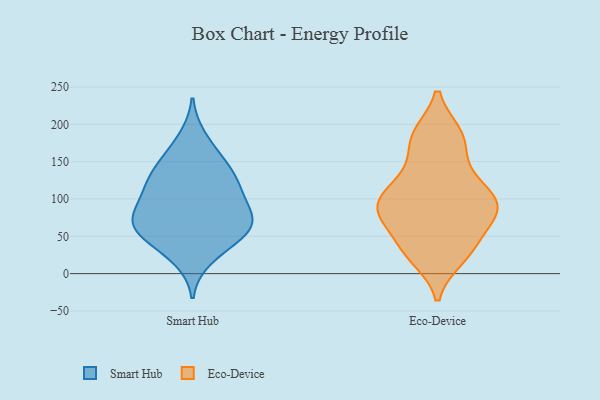
{"axis": {"x": "Active Users", "y": "Value"}, "legend": ["Eco-Device", "Smart Hub"], "data": [{"x": "", "y": 35, "type": "Smart Hub"}, {"x": "", "y": 102, "type": "Smart Hub"}, {"x": "", "y": 72, "type": "Smart Hub"}, {"x": "", "y": 87, "type": "Smart Hub"}, {"x": "", "y": 149, "type": "Smart Hub"}, {"x": "", "y": 113, "type": "Smart Hub"}, {"x": "", "y": 128, "type": "Smart Hub"}, {"x": "", "y": 56, "type": "Smart Hub"}, {"x": "", "y": 156, "type": "Smart Hub"}, {"x": "", "y": 57, "type": "Smart Hub"}, {"x": "", "y": 118, "type": "Smart Hub"}, {"x": "", "y": 71, "type": "Smart Hub"}, {"x": "", "y": 59, "type": "Smart Hub"}, {"x": "", "y": 60, "type": "Smart Hub"}, {"x": "", "y": 130, "type": "Smart Hub"}, {"x": "", "y": 20, "type": "Smart Hub"}, {"x": "", "y": 80, "type": "Smart Hub"}, {"x": "", "y": 182, "type": "Smart Hub"}, {"x": "", "y": 92, "type": "Eco-Device"}, {"x": "", "y": 40, "type": "Eco-Device"}, {"x": "", "y": 186, "type": "Eco-Device"}, {"x": "", "y": 78, "type": "Eco-Device"}, {"x": "", "y": 119, "type": "Eco-Device"}, {"x": "", "y": 77, "type": "Eco-Device"}, {"x": "", "y": 117, "type": "Eco-Device"}, {"x": "", "y": 187, "type": "Eco-Device"}, {"x": "", "y": 31, "type": "Eco-Device"}, {"x": "", "y": 21, "type": "Eco-Device"}, {"x": "", "y": 81, "type": "Eco-Device"}, {"x": "", "y": 97, "type": "Eco-Device"}, {"x": "", "y": 156, "type": "Eco-Device"}]}